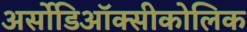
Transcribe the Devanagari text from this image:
अर्सोडिऑक्सीकोलिक